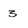
Character: 3